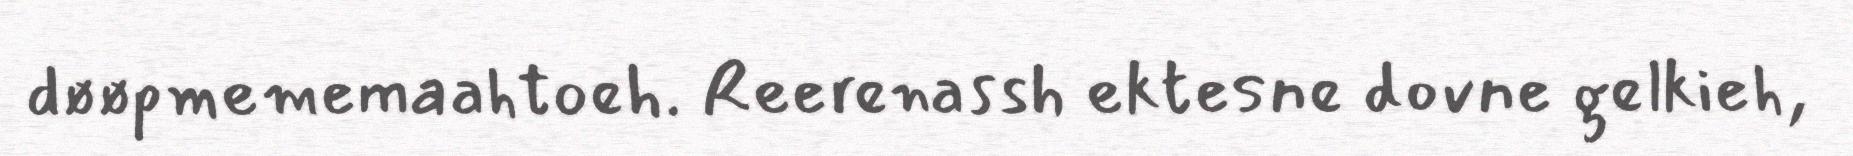
døøpmememaahtoeh. Reerenassh ektesne dovne gelkieh,